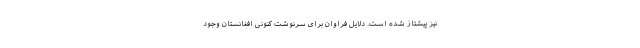
نیز پیشتاز شده است. دلایل فراوان برای سرنوشت کنونی افغانستان وجود